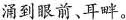
涌到眼前、耳畔。